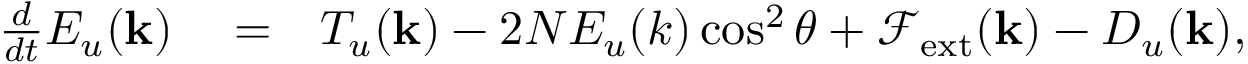
\begin{array} { r l r } { \frac { d } { d t } E _ { u } ( \mathbf { k } ) } & { { } = } & { T _ { u } ( { \bf k } ) - 2 N E _ { u } ( k ) \cos ^ { 2 } \theta + \mathcal { F } _ { \mathrm { e x t } } ( { \bf k } ) - D _ { u } ( \mathbf { k } ) , } \end{array}